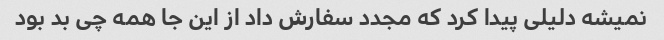
نمیشه دلیلی پیدا کرد که مجدد سفارش داد از این جا همه چی بد بود